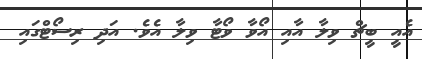
އެއީ ބީޗް ވިލާ އާއި އޯވާ ވޯޓާ ވިލާ އެވެ. އަދި ރިސޯޓްގައި